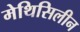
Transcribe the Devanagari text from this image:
मेथिसिलीन